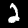
Label: 2